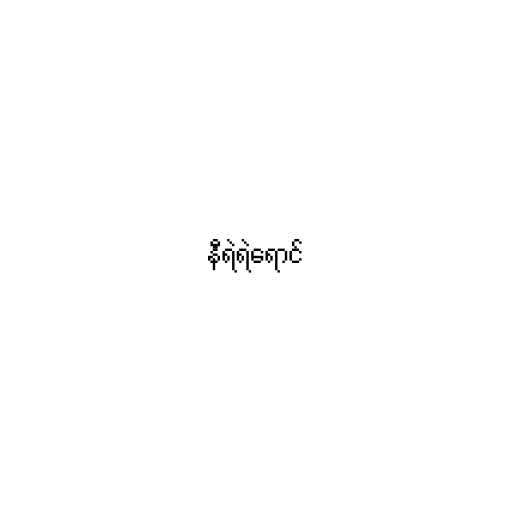
နီရဲရဲရောင်